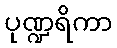
ပုဏ္ဍရိကာ